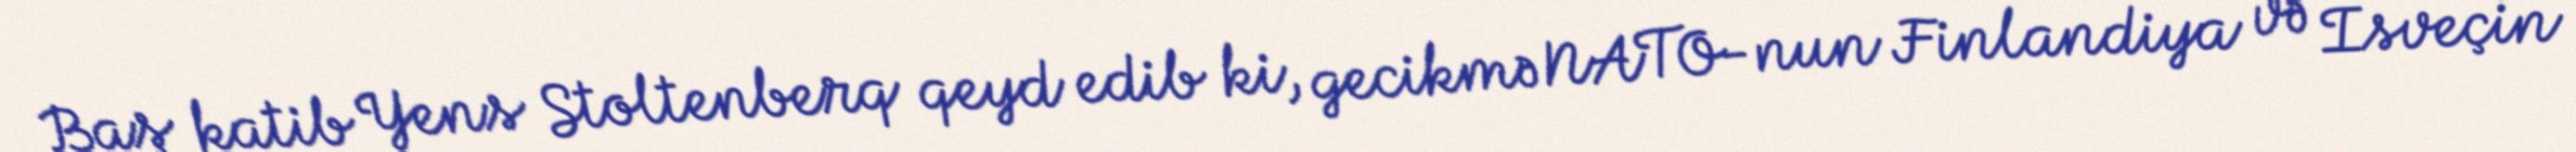
Baş katib Yens Stoltenberq qeyd edib ki, gecikmə NATO-nun Finlandiya və İsveçin